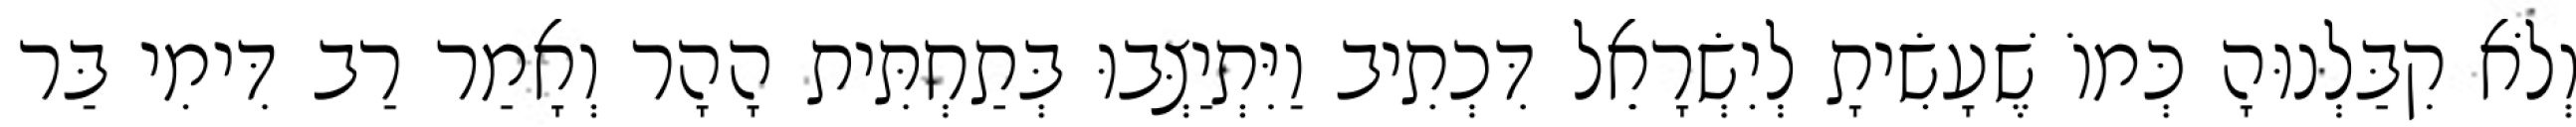
וְלֹא קִבַּלְנוּהָ כְּמוֹ שֶׁעָשִׂיתָ לְיִשְׂרָאֵל דִּכְתִיב וַיִּתְיַצְּבוּ בְּתַחְתִּית הָהָר וְאָמַר רַב דִּימִי בַּר